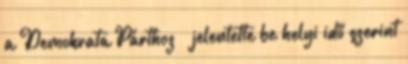
a Demokrata Párthoz – jelentette be helyi idő szerint